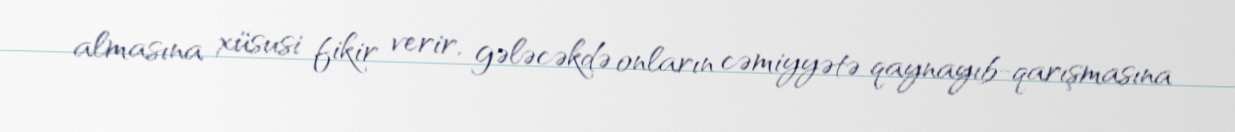
almasına xüsusi fikir verir, gələcəkdə onların cəmiyyətə qaynayıb-qarışmasına